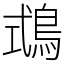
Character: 𪀦